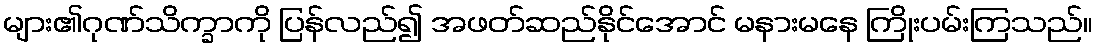
များ၏ဂုဏ်သိက္ခာကို ပြန်လည်၍ အဖတ်ဆည်နိုင်အောင် မနားမနေ ကြိုးပမ်းကြသည်။